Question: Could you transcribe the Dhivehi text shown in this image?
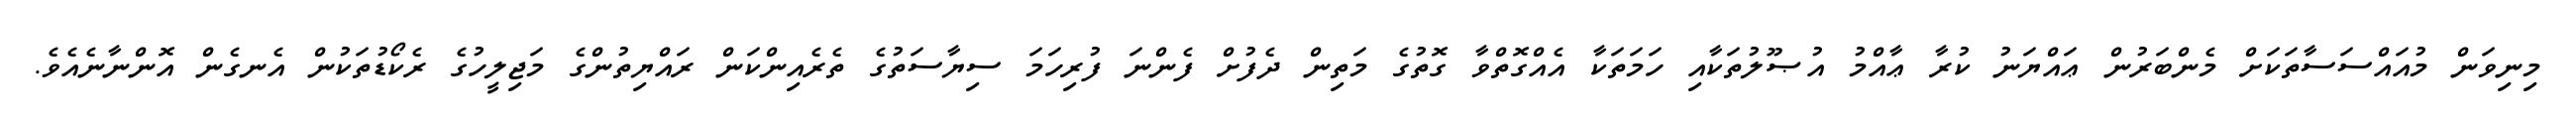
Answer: މިނިވަން މުއައްސަސާތަކަށް މެންބަރުން ޢައްޔަނު ކުރާ ޢާއްމު އުޞޫލުތަކާއި ހަމަތަކާ އެއްގޮތްވާ ގޮތުގެ މަތިން ދެފުށް ފެންނަ ފުރިހަމަ ސިޔާސަތުގެ ތެރެއިންކަން ރައްޔިތުންގެ މަޖިލީހުގެ ރެކޯޑުތަކުން އެނގެން އޮންނާނެއެވެ.